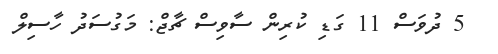
5 ދުވަސް 11 ގަޑި ކުރިން ސާވިސް ޗާޖް: މަގުސަދު ހާސިލް